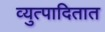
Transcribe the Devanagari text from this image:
व्युत्पादितात